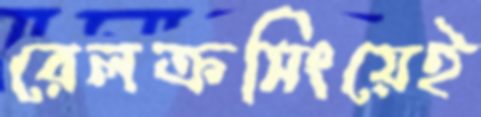
রেলক্রসিংয়েই